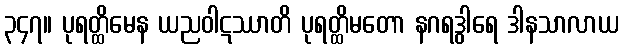
၃၄၇။ ပုရတ္ထိမေန ယညဝါဋဿာတိ ပုရတ္ထိမတော နဂရဒွါရေ ဒါနသာလာယ